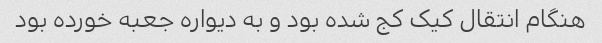
هنگام انتقال کیک کج شده بود و به دیواره جعبه خورده بود